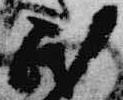
民